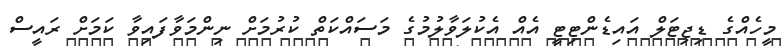
މީހެއްގެ ޑިޖިޓަލް އައިޑެންޓިޓީ އެއް އެކުލަވާލުމުގެ މަސައްކަތް ކުރުމަށް ނިންމަވާފައިވާ ކަމަށް ރައީސް